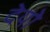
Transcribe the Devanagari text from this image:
देयो